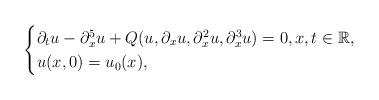
LaTeX: \begin{align*} \begin{cases}\partial_tu - \partial_x^5u + Q(u,\partial_xu,\partial_x^2u,\partial_x^3u) = 0,x,t\in\mathbb{R}, \\u(x,0) = u_0(x),\end{cases}\end{align*}